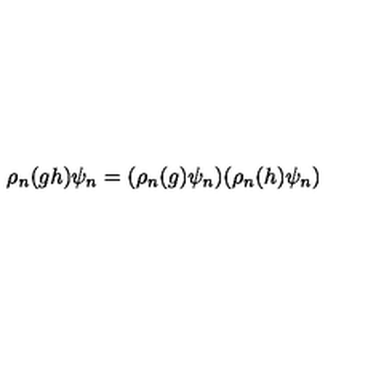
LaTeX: \rho _ { n } ( g h ) \psi _ { n } = ( \rho _ { n } ( g ) \psi _ { n } ) ( \rho _ { n } ( h ) \psi _ { n } )